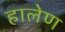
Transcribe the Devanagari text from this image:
हालेण